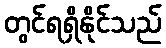
တွင်ရရှိနိုင်သည်